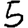
Digit: 5